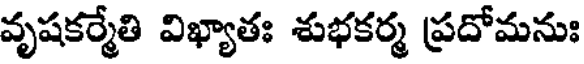
వృషకర్మేతి విఖ్యాతః శుభకర్మ ప్రదోమనుః